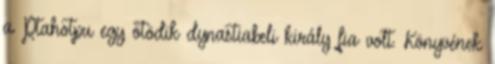
a Ptahotpu egy ötödik dynastiabeli király fia volt. Könyvének